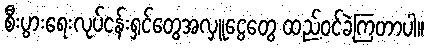
စီးပွားရေးလုပ်ငန်းရှင်တွေအလှူငွေတွေ ထည့်ဝင်ခဲ့ကြတာပါ။